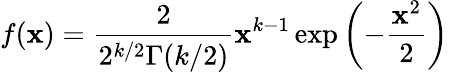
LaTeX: f(\mathbf{x})={\frac{{2}}{{2^{k/2}\Gamma(k/2)}}}\mathbf{x}^{k-1}\exp\left(-{\frac{{\mathbf{x}^{2}}}{{2}}}\right)